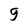
Character: 9